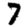
Digit: 7